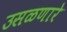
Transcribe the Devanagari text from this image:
उसळणारे